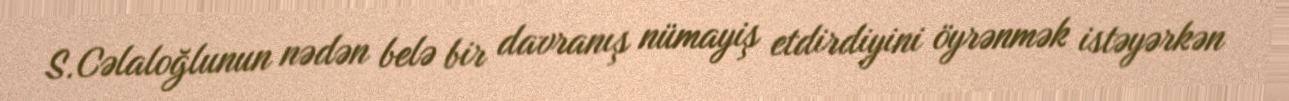
S.Cəlaloğlunun nədən belə bir davranış nümayiş etdirdiyini öyrənmək istəyərkən